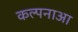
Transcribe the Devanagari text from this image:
कल्पनाआ